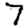
Digit: 7